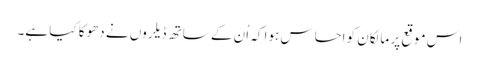
اس موقع پر مالکان کو احساس ہوا کہ اُن کے ساتھ ڈیلروں نے دھوکا کیا ہے۔